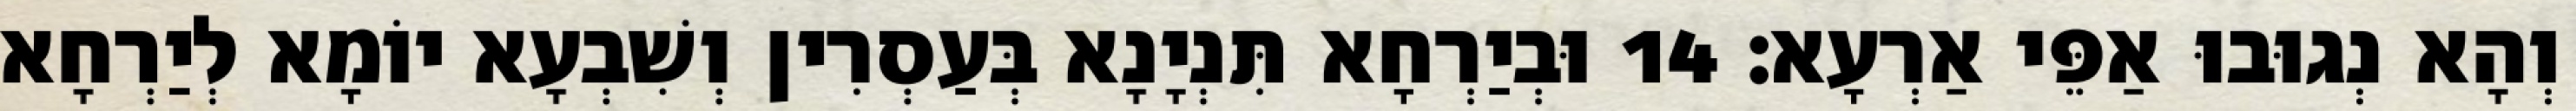
וְהָא נְגוּבוּ אַפֵּי אַרְעָא׃ 14 וּבְיַרְחָא תִּנְיָנָא בְּעַסְרִין וְשִׁבְעָא יוֹמָא לְיַרְחָא